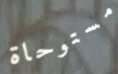
مستوحاة